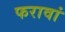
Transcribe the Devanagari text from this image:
फरावां